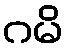
ဂမိ